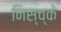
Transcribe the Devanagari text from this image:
निस्च्के